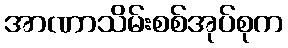
အာဏာသိမ်းစစ်အုပ်စုက